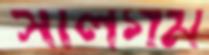
সালগম